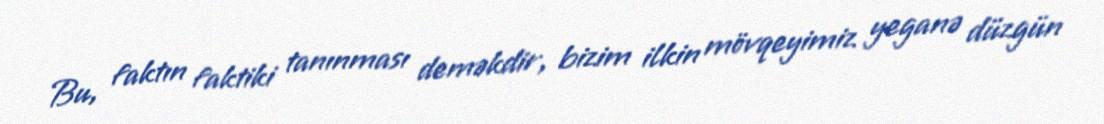
Bu, faktın faktiki tanınması deməkdir, bizim ilkin mövqeyimiz yeganə düzgün